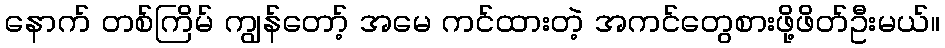
နောက် တစ်ကြိမ် ကျွန်တော့် အမေ ကင်ထားတဲ့ အကင်တွေစားဖို့ဖိတ်ဦးမယ်။